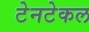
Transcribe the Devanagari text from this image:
टेनटेकल